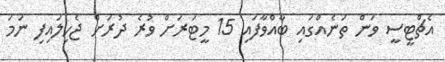
އެޗްޓީސީ ވަން ތަނެއްގައި ބާއްވާފައި 15 މީޓަރަށް ވުރެ ދުރަށް ޖެހިލައިފި ނަމަ